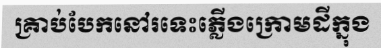
គ្រាប់បែកនៅរទេះភ្លើងក្រោមដីក្នុង